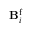
\mathbf { B } _ { i } ^ { \mathrm { f } }